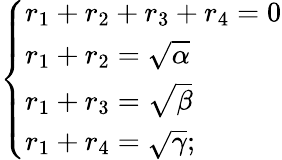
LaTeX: \left\{ {\begin{array}{l}{r_{1}+r_{2}+r_{3}+r_{4}=0}\\ {r_{1}+r_{2}={\sqrt{\alpha}}}\\ {r_{1}+r_{3}={\sqrt{\beta}}}\\ {r_{1}+r_{4}={\sqrt{\gamma}}{\mathrm{;}}}\end{array}}\right.